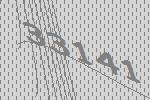
33141